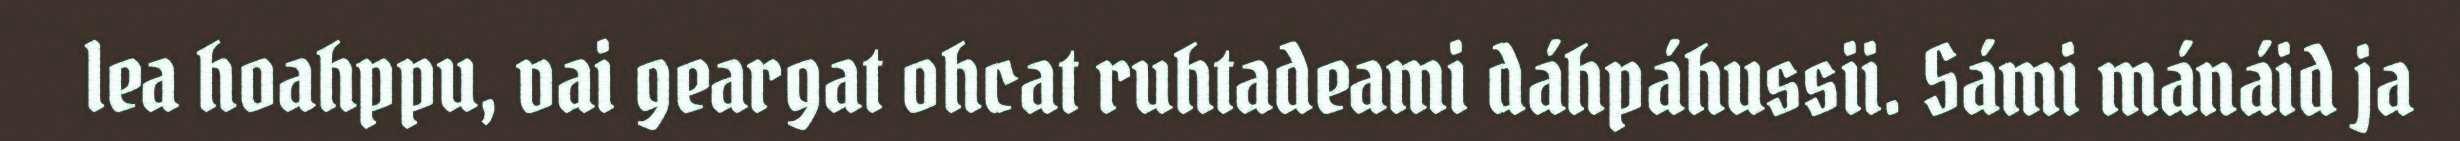
lea hoahppu, vai geargat ohcat ruhtadeami dáhpáhussii. Sámi mánáid ja